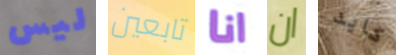
ليس تابعين انا ان كايد